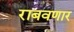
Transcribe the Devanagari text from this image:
राबवणार